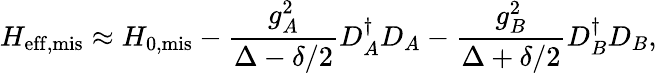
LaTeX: H_{\mathrm{eff,mis}}\approx H_{\mathrm{0,mis}}-\frac{g_{A}^{2}}{\Delta-\delta/2}D_{A}^{\dagger}D_{A}-\frac{g_{B}^{2}}{\Delta+\delta/2}D_{B}^{\dagger}D_{B},